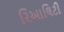
રિઆલિટી